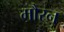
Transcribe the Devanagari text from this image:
मौरन